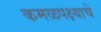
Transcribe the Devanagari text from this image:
कमळपक्ष्याचे